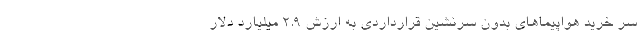
سر خرید هواپیماهای بدون سرنشین قرارداردی به ارزش 2.9 میلیارد دلار